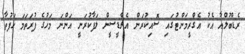
ރެޑްބުލްއާ އެކު އެގްރީމަންޓުގައި ސޮއިކުރަން އެޗްޑީސީން ލަފާކުރަނީ އަންނަ މަހުގެ ފުރަތަމަ ހަފުތާ